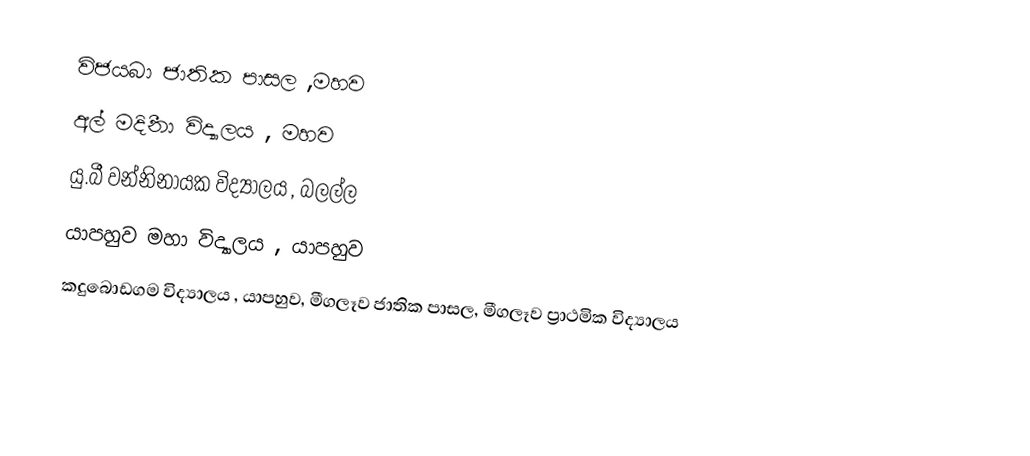
විජයබා ජාතික පාසල ,මහව
අල් මදිීනා විද්‍යාලය , මහව
යු.බී වන්නිනායක විද්‍යාලය , බලල්ල
යාපහුව මහා විද්‍යාලය , යාපහුව
කදුබොඩගම විද්‍යාලය , යාපහුව, මීගලෑව  ජාතික පාසල, මීගලෑව ප්‍රාථමික විද්‍යාලය